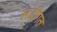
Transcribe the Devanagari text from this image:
रूढीगत